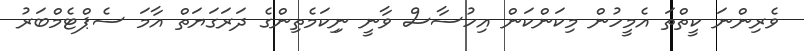
ވެރިންނަ ކީތްތަ އެމީހުން މިކަންކަން އިހުސާސް ވާނީ ނިިކަމެތިންގެ ދަރަގަޔަތް އާމަ ސެޕްޓެމްބަރު